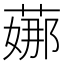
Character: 𦶦